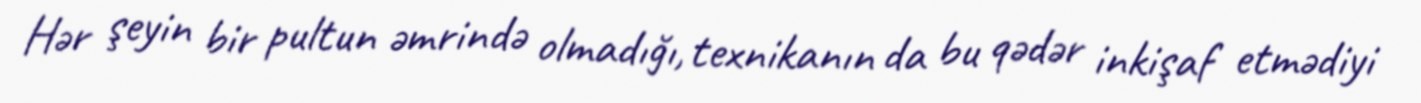
Hər şeyin bir pultun əmrində olmadığı, texnikanın da bu qədər inkişaf etmədiyi